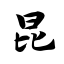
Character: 昆